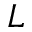
{ \cal L }